Newspaper: The Portland daily press. [volume]
Place of publication: Portland, Me.
Publisher: N.A. Foster & Co.
Date: 1875-07-09 00:00:00
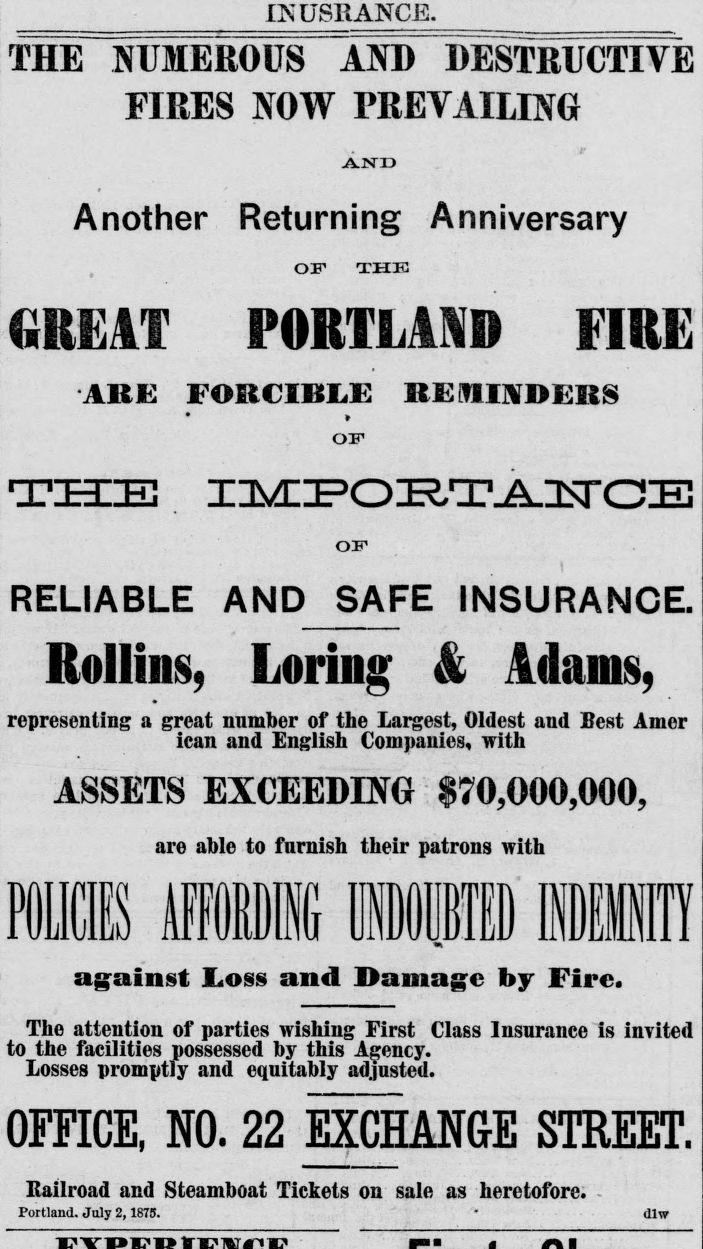
Advertisement text (OCR):
_IKUSRANCE. THE NUMEROUS AND DESTRUCTIVE FIRES NOW PREVAILING A.NU Another Returning Anniversary OF THIS GREAT PORTLAND FIRE ARE FORCIBLE REMINDERS • » OF the iiivciPOiRT^nsraiE OF RELIABLE AND SAFE INSURANCE. Rollins, Loring & Adams, representing a great number of the Largest, Oldest and Best Amer ican and English Companies, with ASSETS EXCEEDING $70,000,000, are able to fnrnish their patrons with POLICIES AFFORDING 1*1 INDEIITY against Loss and Damage by Fire. The attention of parties wishing First Class Insurance is invited to the facilities possessed by this Agency. Losses promptly and equitably adjusted. OFFICE, NO. 22 EXCHANGE STREET. Railroad and Steamboat Tickets on sale as heretofore. Portland. July 2, 1875. * dlw
Label: text-only